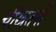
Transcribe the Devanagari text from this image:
चीखतनी